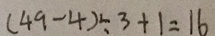
( 4 9 - 4 ) \div 3 + 1 = 1 6